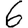
Digit: 6